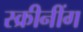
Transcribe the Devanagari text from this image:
स्क्रीनींग